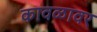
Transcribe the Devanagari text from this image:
कावळावर